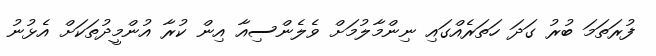
ފުރަތަމަ ބުރު ގަދަ ހަތަރެއްގައި ނިންމާލުމަށް ވެލެންސިއާ އިން ކުރާ އުންމީދުތަކަށް އެޅުނު